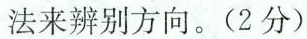
法来辨别方向。(2分)